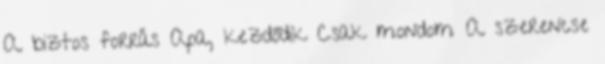
A biztos forrás Apa, kezdődik Csak mondom A szerencse